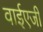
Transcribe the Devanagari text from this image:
वाईएजी